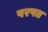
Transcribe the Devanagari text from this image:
परपत